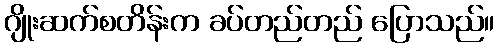
ဂျိုးဆက်စတိန်းက ခပ်တည်တည် ပြောသည်။